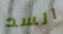
السد